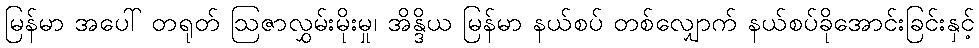
မြန်မာ အပေါ် တရုတ် ဩဇာလွှမ်းမိုးမှု၊ အိန္ဒိယ မြန်မာ နယ်စပ် တစ်လျှောက် နယ်စပ်ခိုအောင်းခြင်းနှင့်